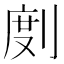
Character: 剫